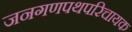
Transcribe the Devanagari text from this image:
जनगणपथपरिचायक